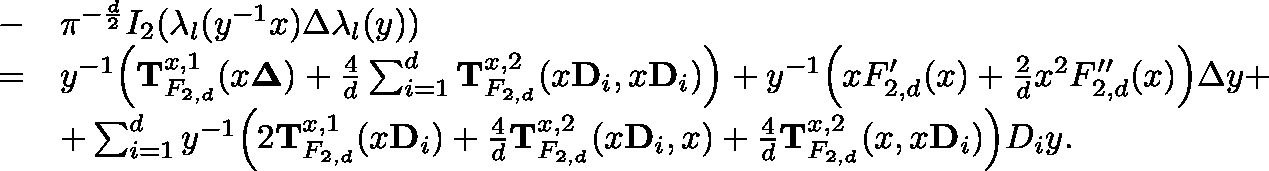
\begin{array} { r l } { - } & { \pi ^ { - \frac { d } { 2 } } I _ { 2 } ( \lambda _ { l } ( y ^ { - 1 } x ) \Delta \lambda _ { l } ( y ) ) } \\ { = } & { y ^ { - 1 } \Big ( \mathbf T _ { F _ { 2 , d } } ^ { x , 1 } ( x \mathbf { \Delta } ) + \frac 4 d \sum _ { i = 1 } ^ { d } \mathbf T _ { F _ { 2 , d } } ^ { x , 2 } ( x \mathbf { D } _ { i } , x \mathbf { D } _ { i } ) \Big ) + y ^ { - 1 } \Big ( x F _ { 2 , d } ^ { \prime } ( x ) + \frac { 2 } { d } x ^ { 2 } F _ { 2 , d } ^ { \prime \prime } ( x ) \Big ) \Delta y + } \\ & { + \sum _ { i = 1 } ^ { d } y ^ { - 1 } \Big ( 2 \mathbf { T } _ { F _ { 2 , d } } ^ { x , 1 } ( x \mathbf { D } _ { i } ) + \frac { 4 } { d } \mathbf T _ { F _ { 2 , d } } ^ { x , 2 } ( x \mathbf D _ { i } , x ) + \frac 4 d \mathbf T _ { F _ { 2 , d } } ^ { x , 2 } ( x , x \mathbf D _ { i } ) \Big ) D _ { i } y . } \end{array}